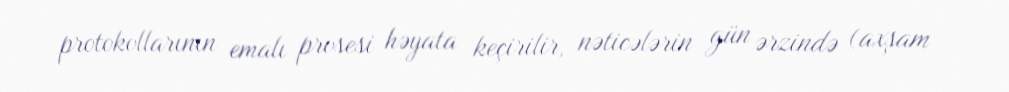
protokollarının emalı prosesi həyata keçirilir, nəticələrin gün ərzində (axşam